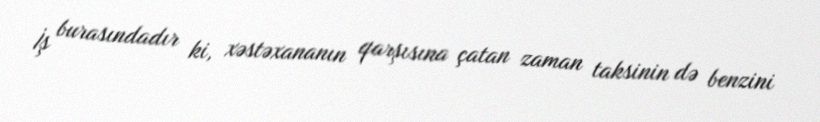
İş burasındadır ki, xəstəxananın qarşısına çatan zaman taksinin də benzini